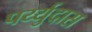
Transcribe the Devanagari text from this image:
पर्य्युदास